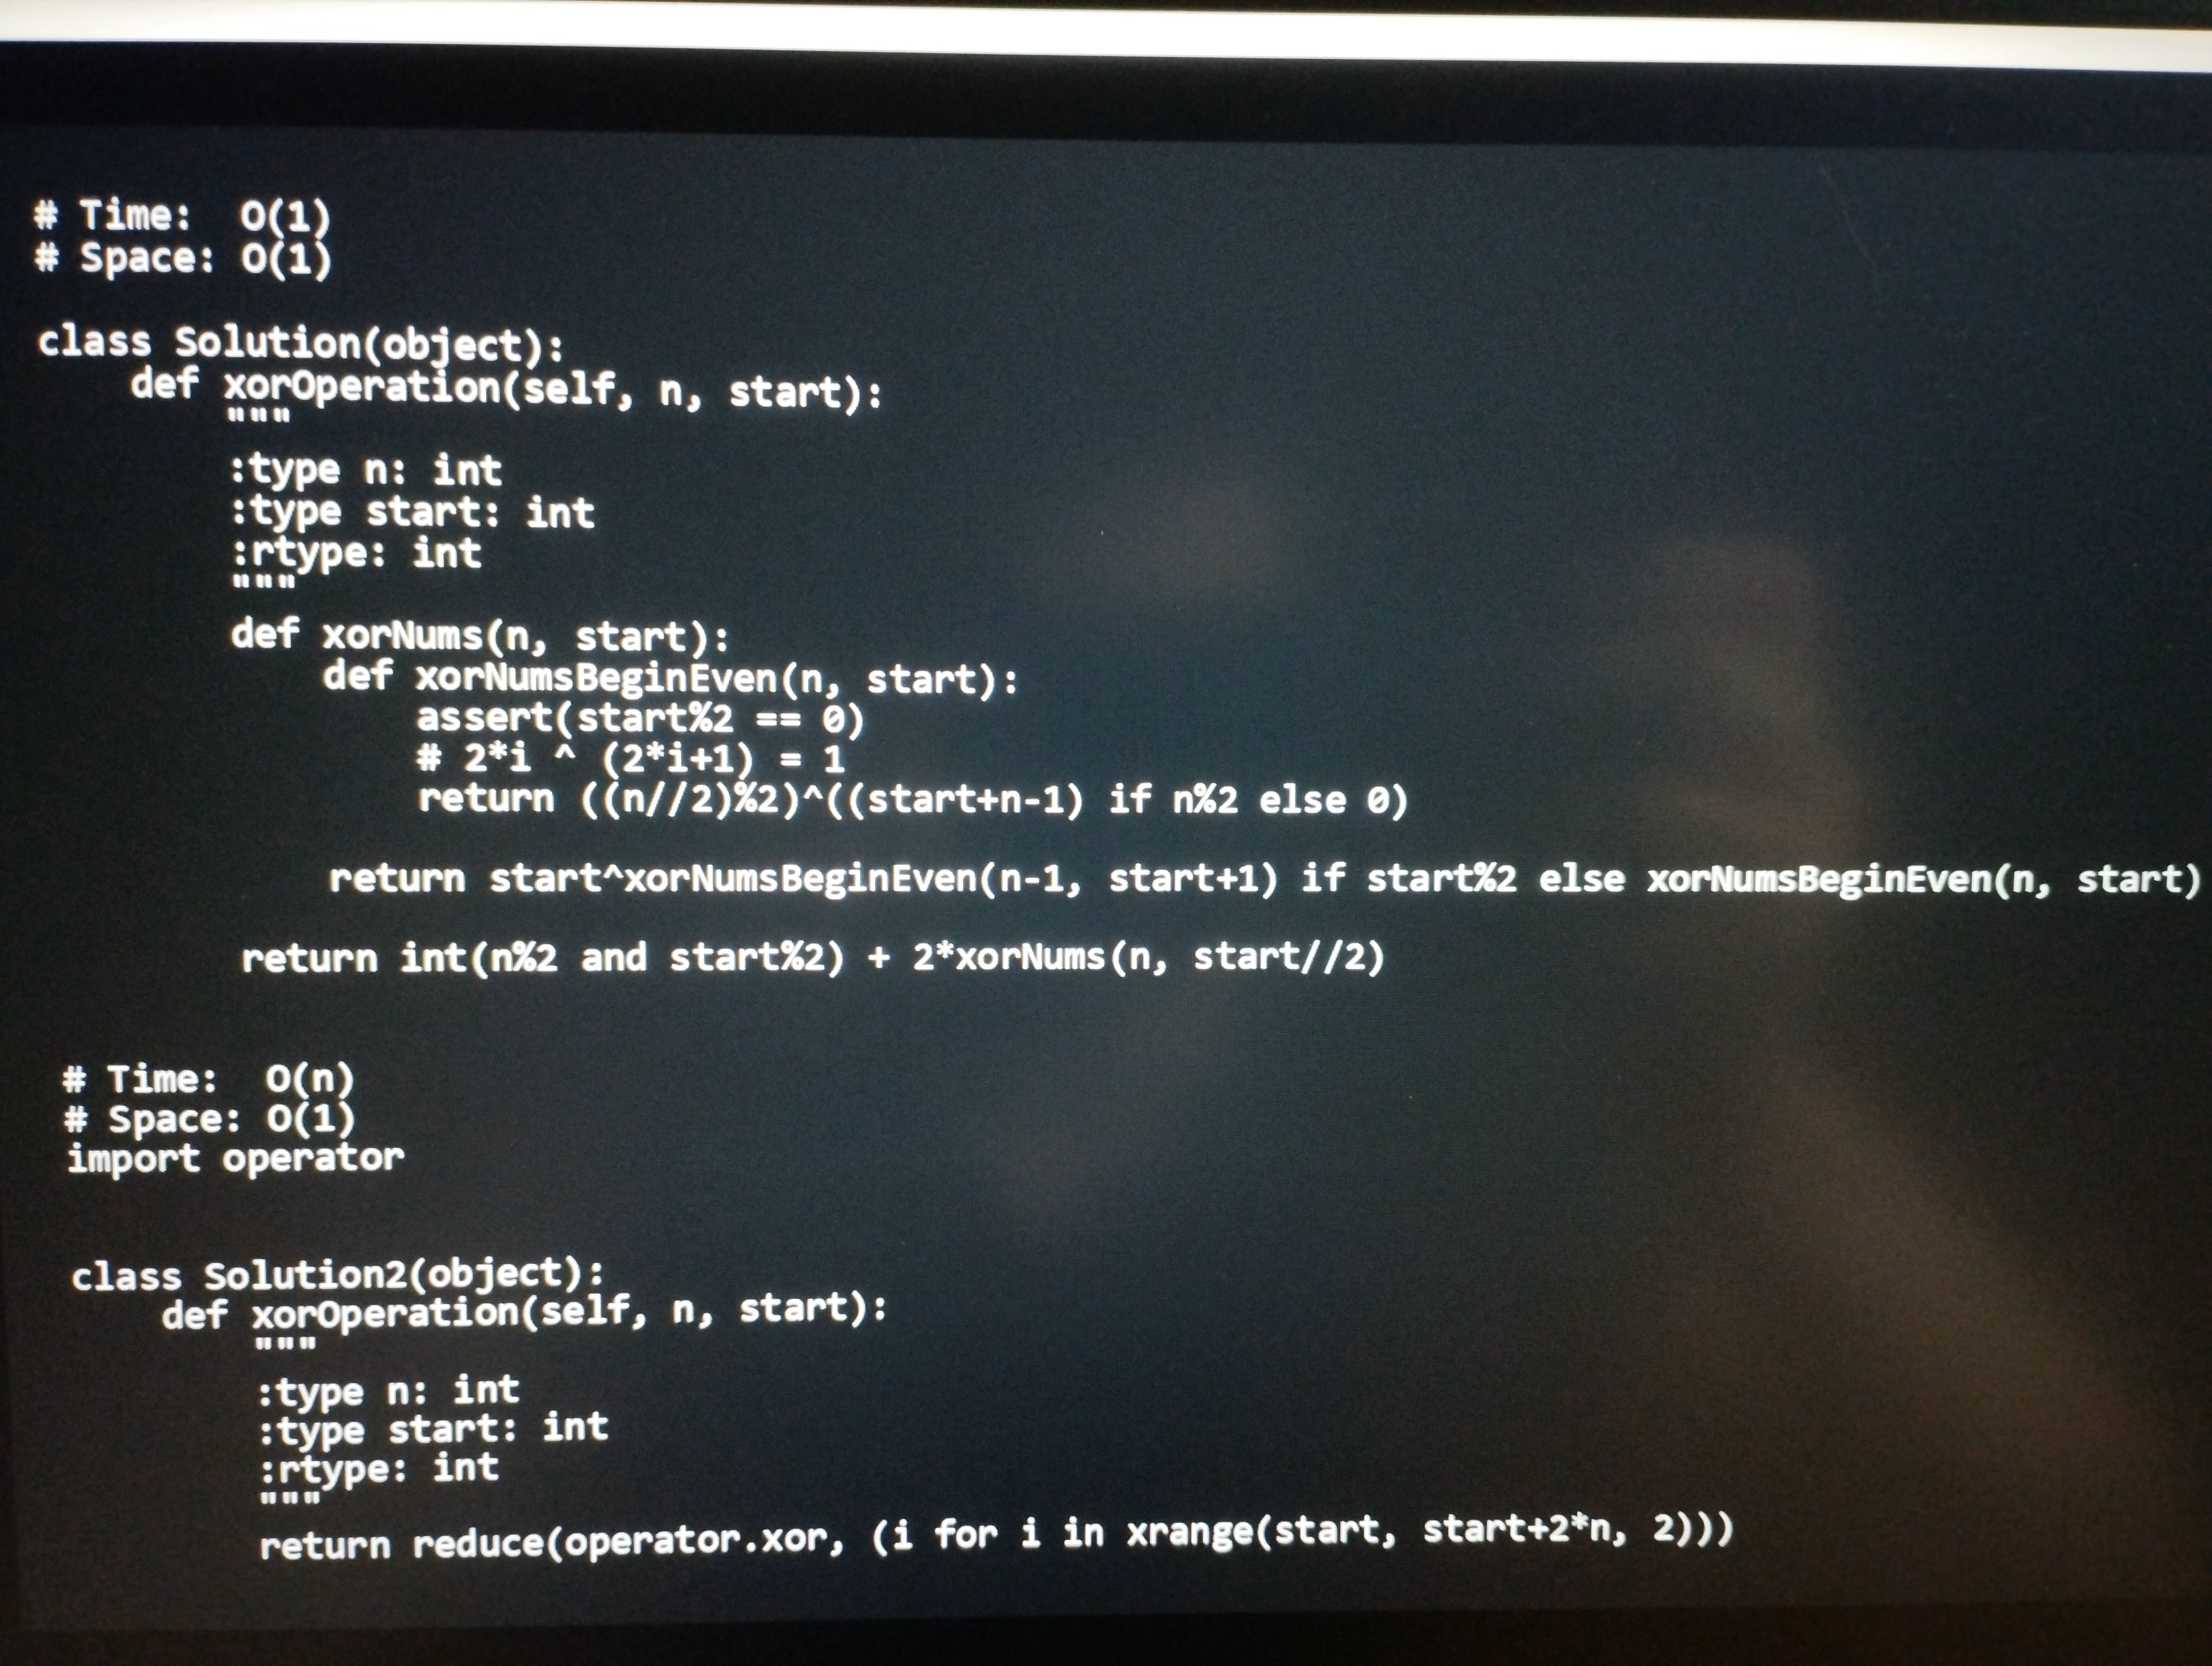
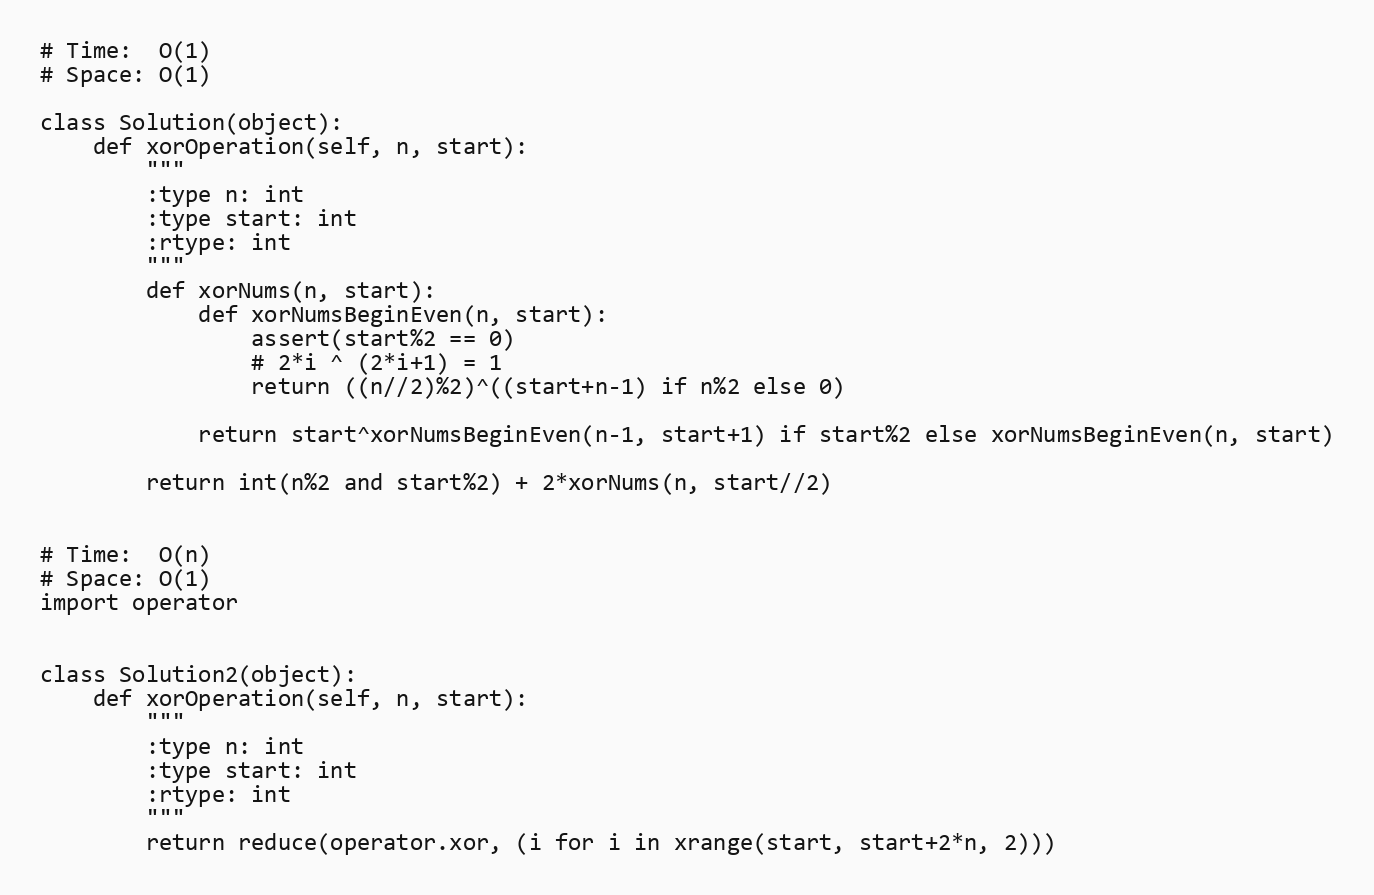
# Time:  O(1)
# Space: O(1)

class Solution(object):
    def xorOperation(self, n, start):
        """
        :type n: int
        :type start: int
        :rtype: int
        """
        def xorNums(n, start):
            def xorNumsBeginEven(n, start):
                assert(start%2 == 0)
                # 2*i ^ (2*i+1) = 1
                return ((n//2)%2)^((start+n-1) if n%2 else 0)

            return start^xorNumsBeginEven(n-1, start+1) if start%2 else xorNumsBeginEven(n, start)

        return int(n%2 and start%2) + 2*xorNums(n, start//2)

# Time:  O(n)
# Space: O(1)
import operator

class Solution2(object):
    def xorOperation(self, n, start):
        """
        :type n: int
        :type start: int
        :rtype: int
        """
        return reduce(operator.xor, (i for i in xrange(start, start+2*n, 2)))